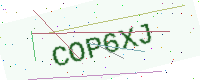
Text: COP6XJ